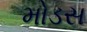
મોડસ